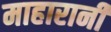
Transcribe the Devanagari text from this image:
माहारानी